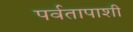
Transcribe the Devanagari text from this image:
पर्वतापाशी